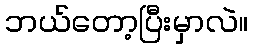
ဘယ်တော့ပြီးမှာလဲ။